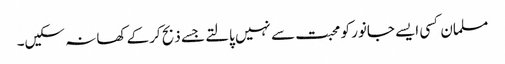
مسلمان کسی ایسے جانور کو محبت سے نہیں پالتے جسے ذبح کرکے کھا نہ سکیں۔